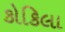
કોકિલા